Leningradi_Edasi_toimetus, lk 40
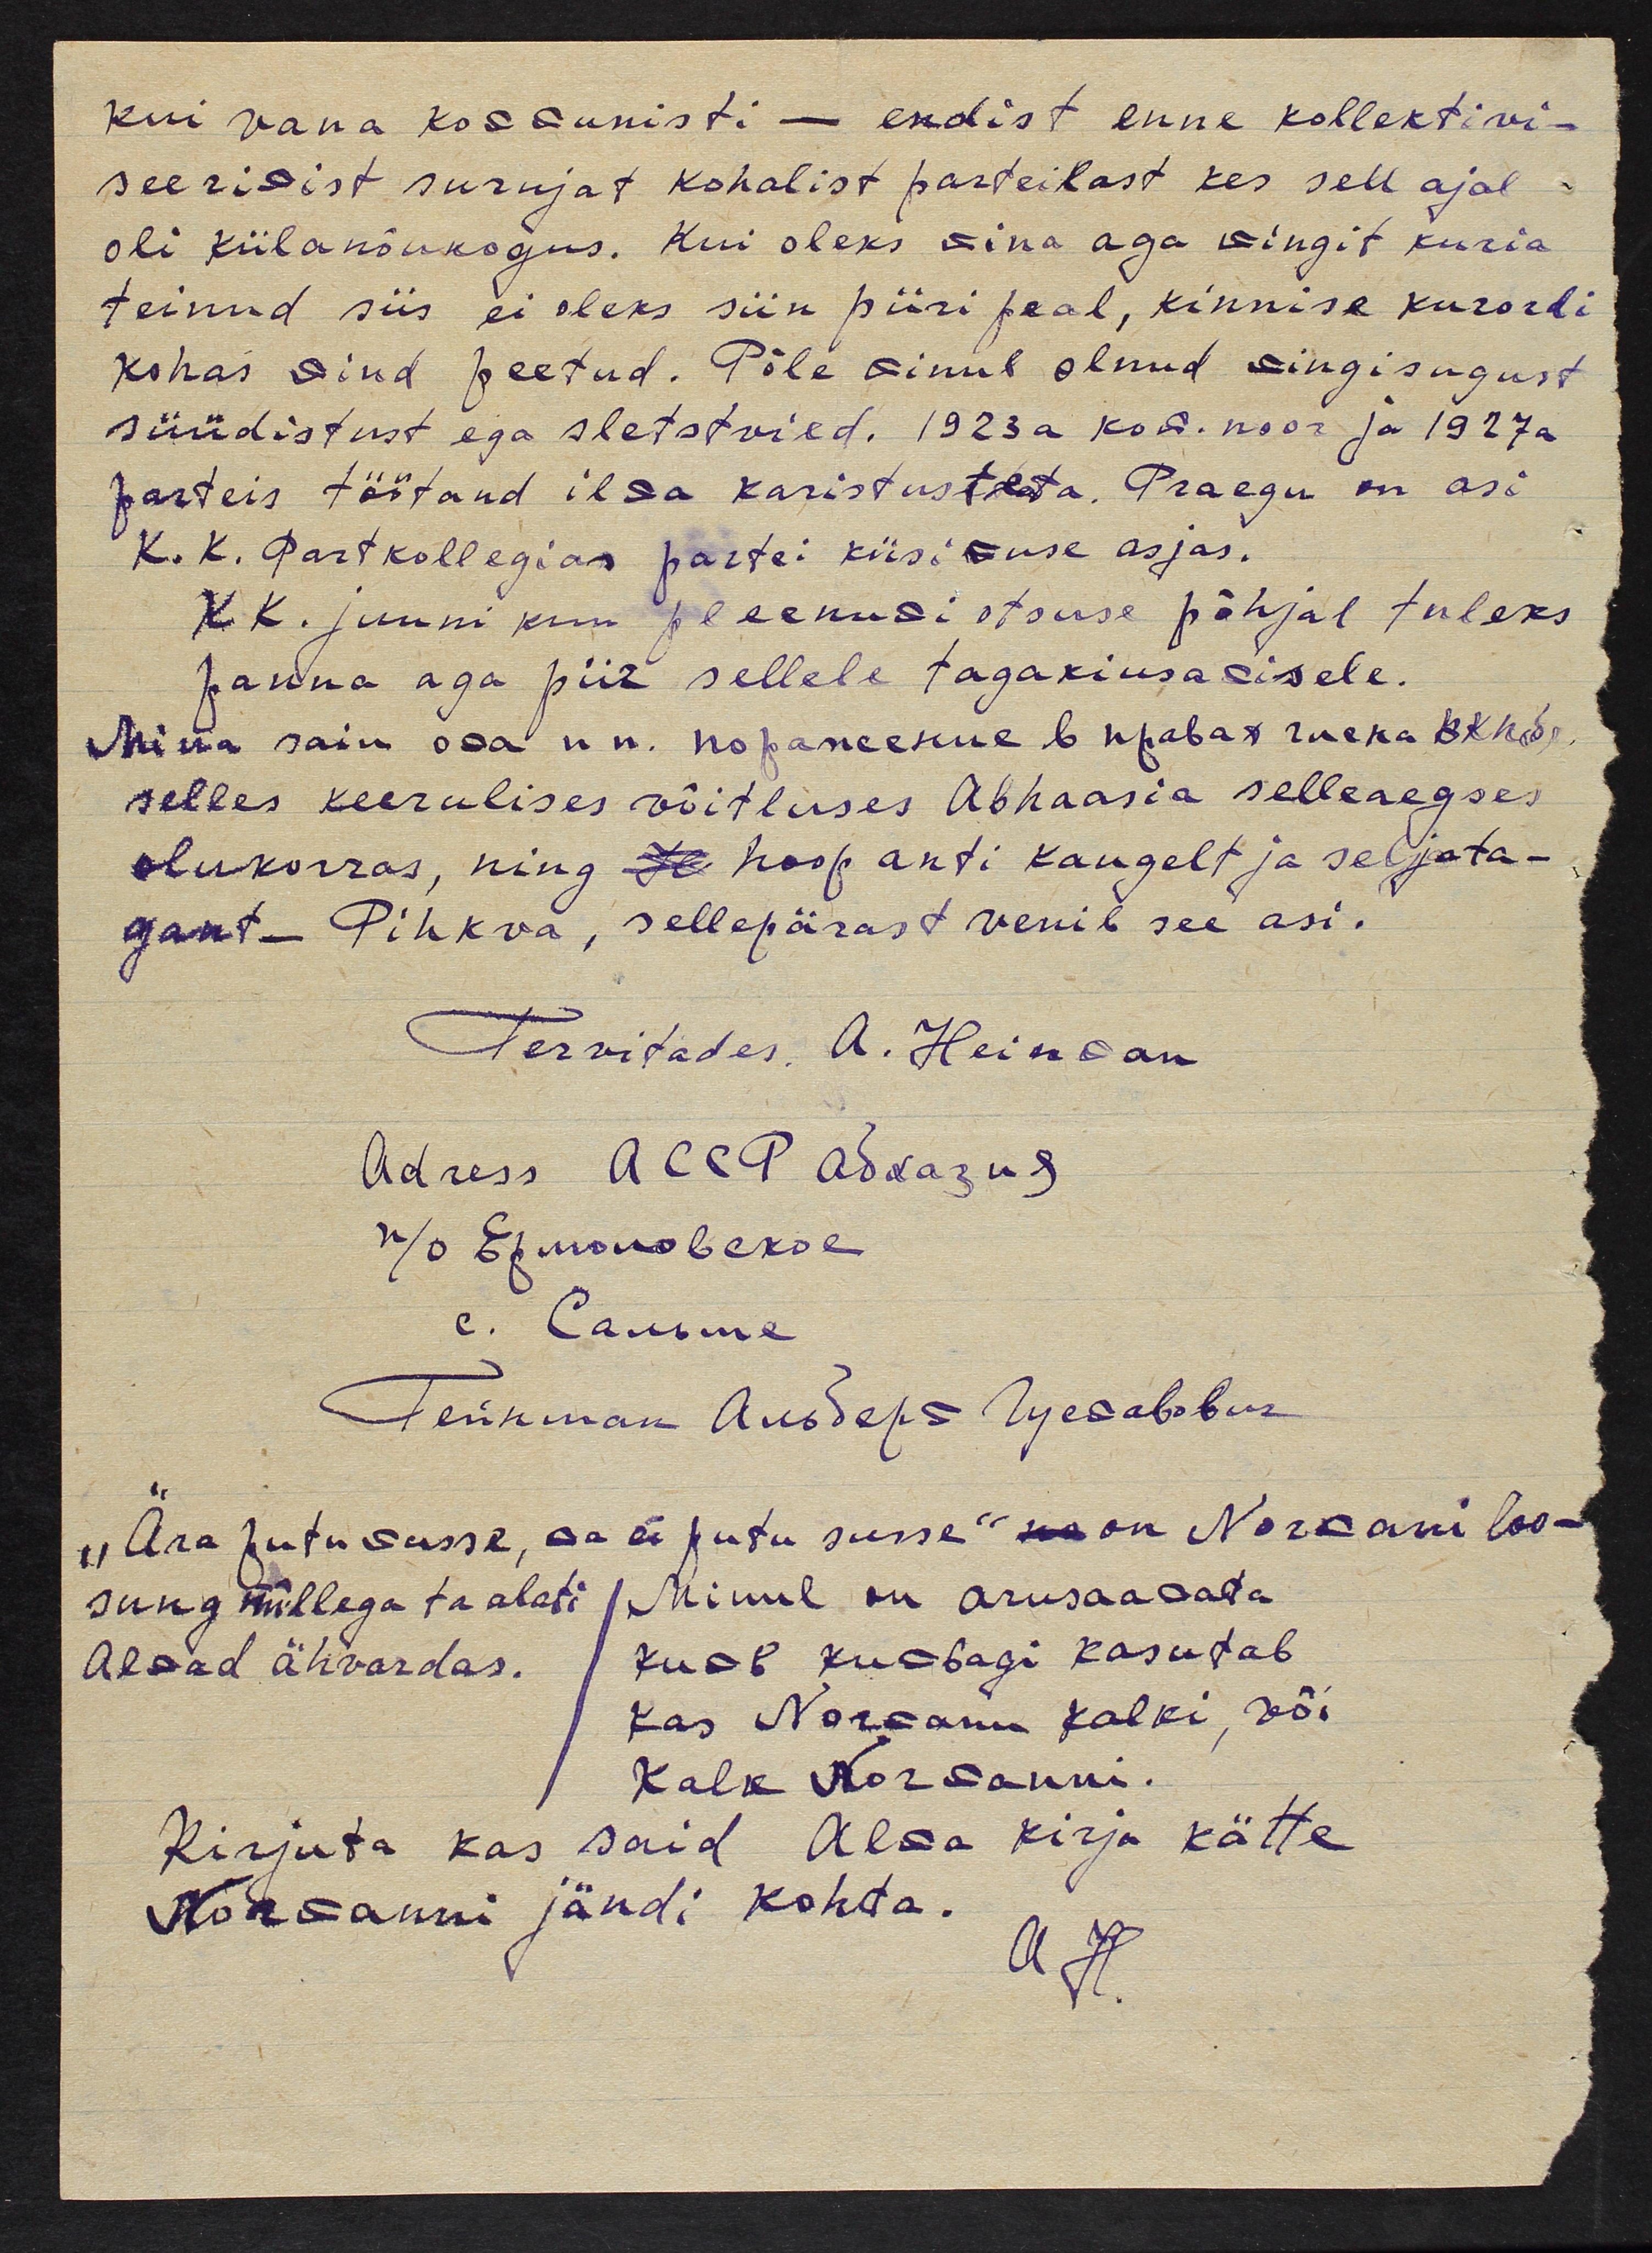
kui vana kommunisti - endist enne kollektivi-
seerimist surujat kohalist parteilast kes sell ajal
oli külanõukogus. Kui oleks mina aga mingit kuria
teinud siis ei oleks siin piiri peal, kinnise kurordi
kohas mind peetud. Põle minul olnud mingisugust
süüdistust ega sletstvied. 1923 a. kom. noor ja 1927 a.
parteis töötand ilma karistusteta. Praegu on asi
K. K. Part kollegias partei küsimuse asjas.
KK. juuni kuu pleenumi otsuse põhjal tuleks
panna aga piir sellele tagakiusamisele.
Mina sain osa n.n. nopaneenne 6 üpabat rueka 8 kop.
selles keerulises võitluses Abhaasia selleaegses
olukorras, ning se hoop anti kaugelt ja seljata-
gant - Pihkva, sellepärast venib see asi.
Tervitades, A. Heinman
Adress ACCP Addazu
"Ära putu musse, ma ei putu susse" se on Normani loo-
sung millega ta alati / Minul on arusaamata
Almad ähvardas.
kumb kumbagi kasutab
Kas Normann Kalki, või
Kalk Normanni.
Kirjuta kas said Alma kirja kätte
Normanni jändi kohta.
A. H.